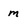
Character: m